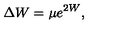
\Delta W = \mu e ^ { 2 W } ,